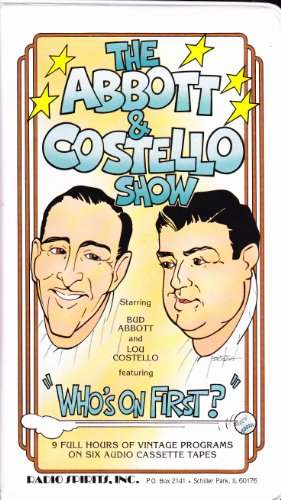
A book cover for The Abbott and Costello Show; Radio Spirits; Humor & Entertainment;